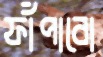
ফাঁপাবো